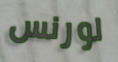
لورنس